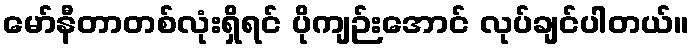
မော်နီတာတစ်လုံးရှိရင် ပိုကျဉ်းအောင် လုပ်ချင်ပါတယ်။